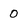
Character: 0